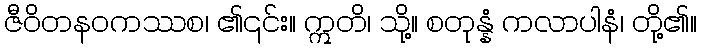
ဇီဝိတနဝကဿစ၊ ၏၎င်း။ ဣတိ၊ သို့။ စတုန္နံ ကလာပါနံ၊ တို့၏။